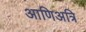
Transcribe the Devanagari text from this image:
आणिअत्रि